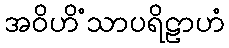
အဝိဟိံသာပရိဠာဟံ